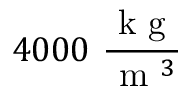
4 0 0 0 \ \frac { \mathrm { ~ k ~ g ~ } } { \mathrm { ~ m ~ } ^ { 3 } }